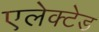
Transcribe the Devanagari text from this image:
एलेक्टेड